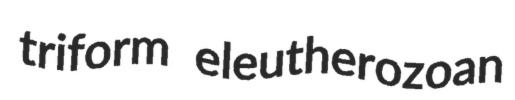
triform eleutherozoan